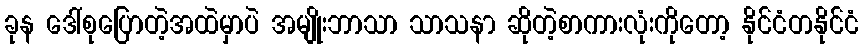
ခုန ဒေါ်စုပြောတဲ့အထဲမှာပဲ အမျိုးဘာသာ သာသနာ ဆိုတဲ့စာကားလုံးကိုတော့ နိုင်ငံတနိုင်ငံ